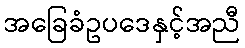
အခြေခံဥပဒေနှင့်အညီ